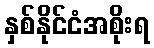
နှစ်နိုင်ငံအစိုးရ